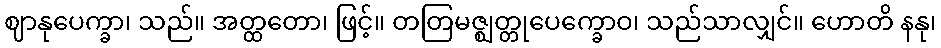
ဈာနုပေက္ခာ၊ သည်။ အတ္ထတော၊ ဖြင့်။ တတြမဇ္ဈတ္တုပေက္ခောဝ၊ သည်သာလျှင်။ ဟောတိ နနု၊